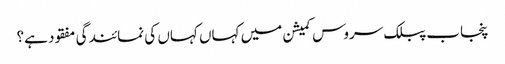
پنجاب پبلک سروس کمیشن میں کہاں کہاں کی نمائندگی مفقود ہے؟